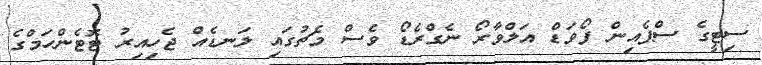
ސިޓީގެ ސްޕެއިން ފޯވަޑް އަލްވާރޯ ނެގްރެޑޯ ވެސް މެޗުގައި ލަނޑެއް ޖެހިއިރު ޓޮޓެންހަމްގެ